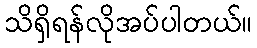
သိရှိရန်လိုအပ်ပါတယ်။